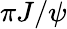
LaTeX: \pi J/\psi